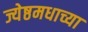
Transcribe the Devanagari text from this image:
ज्येष्ठमधाच्या